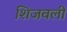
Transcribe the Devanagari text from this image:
शिजवली